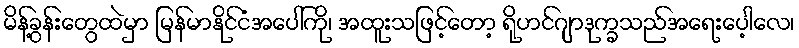
မိန့်ခွန်းတွေထဲမှာ မြန်မာနိုင်ငံအပေါ်ကို၊ အထူးသဖြင့်တော့ ရိုဟင်ဂျာဒုက္ခသည်အရေးပေ့ါလေ၊